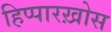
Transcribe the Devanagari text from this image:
हिप्पारख़ोस